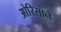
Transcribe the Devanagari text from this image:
ओरिसाने